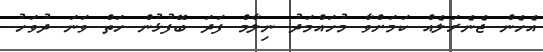
އެހެން ޖެނެރަލެއް ކަމަށްވާ މުހައްމަދު ނިލާމް ފަދަ ބޭފުޅުން ހަތް ވަނަ ދުވަހު